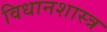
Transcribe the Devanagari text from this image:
विधानशास्त्र